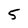
Character: 5